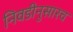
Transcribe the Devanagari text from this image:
निवडीनुसारच